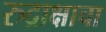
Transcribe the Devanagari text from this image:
रुद्राक्षाचा